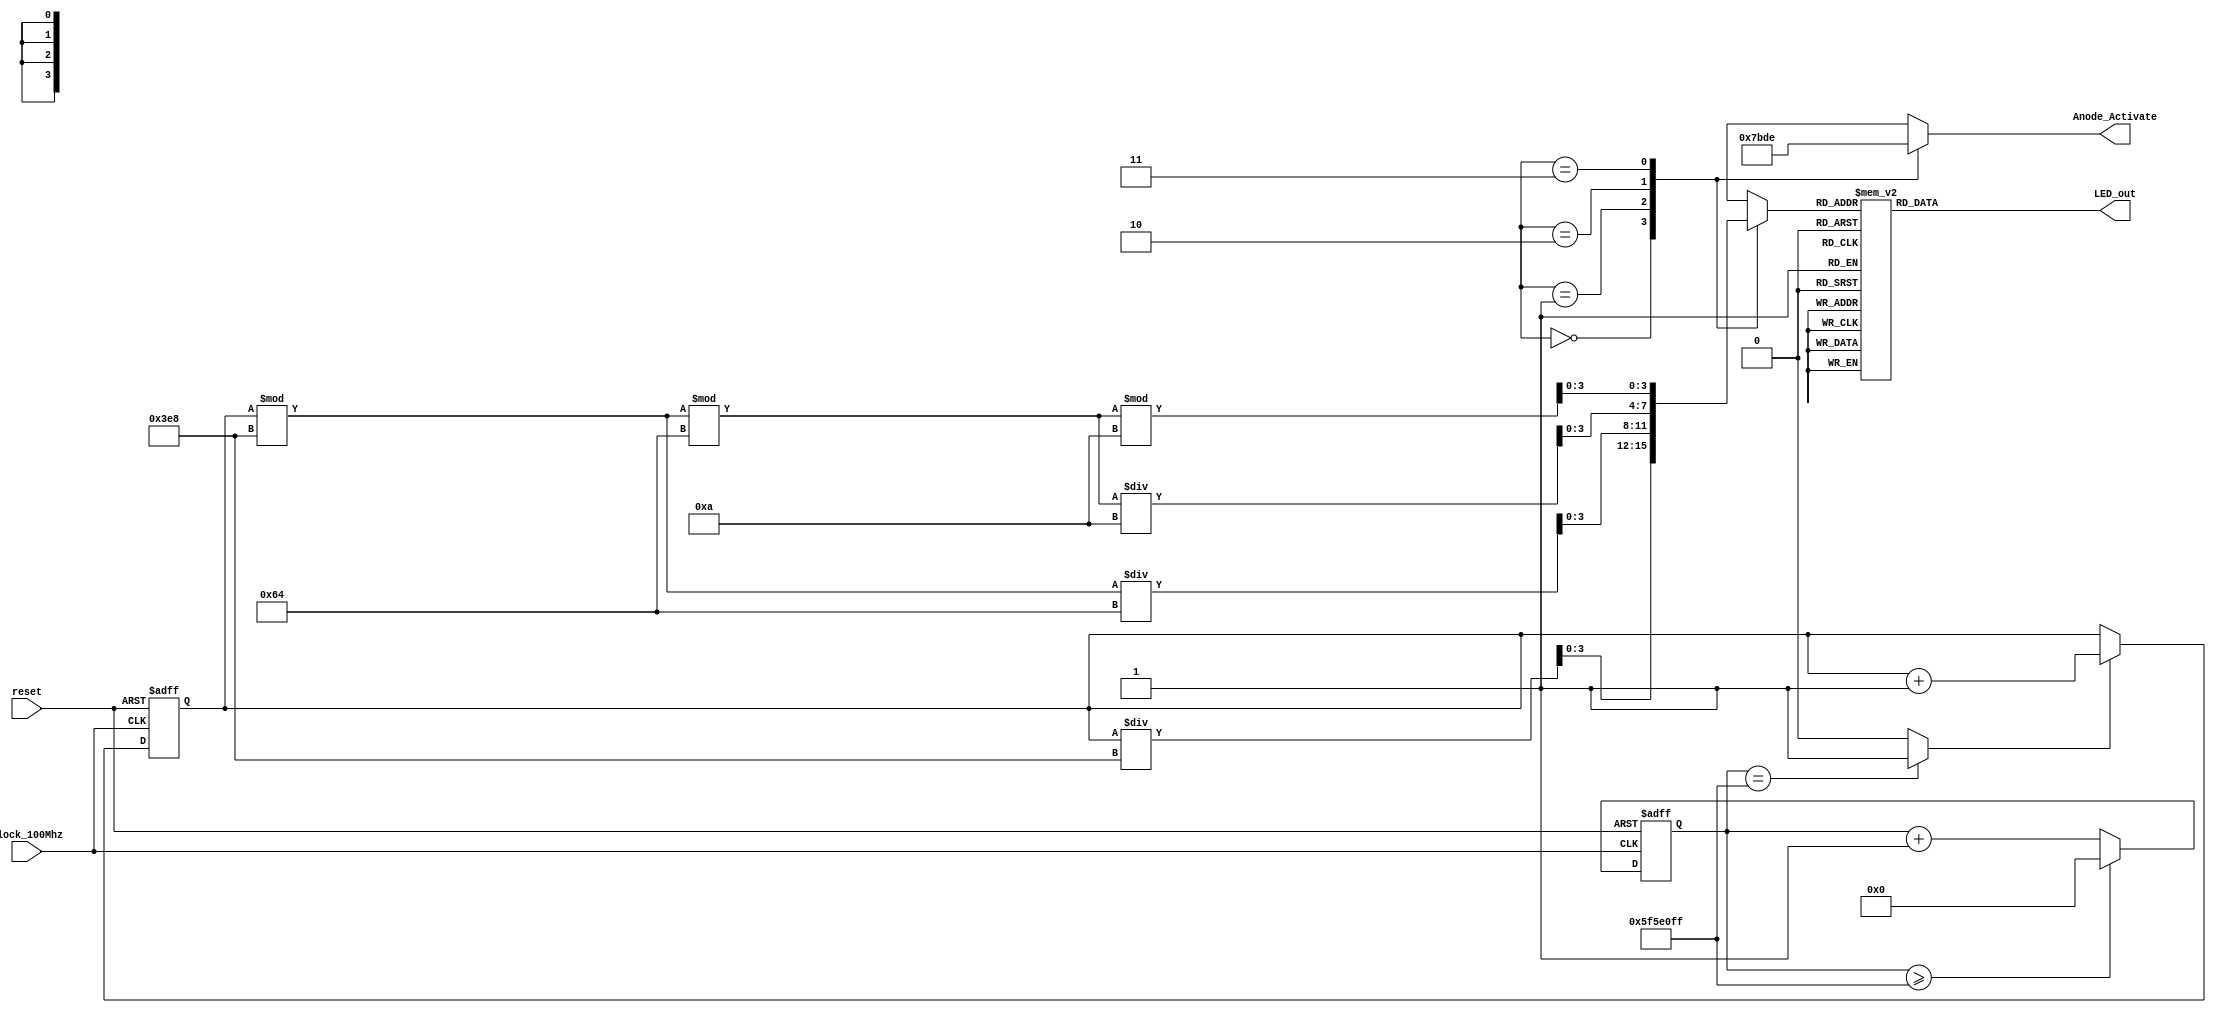
module Seven_segment_LED_Display_Controller(
    input clock_100Mhz, // 100 Mhz clock source on Basys 3 FPGA
    input reset, // reset
    output reg [3:0] Anode_Activate, // anode signals of the 7-segment LED display
    output reg [6:0] LED_out// cathode patterns of the 7-segment LED display
    );
    reg [26:0] one_second_counter; // counter for generating 1 second clock enable
    wire one_second_enable;// one second enable for counting numbers
    reg [15:0] displayed_number; // counting number to be displayed
    reg [3:0] LED_BCD;
    wire [1:0] LED_activating_counter; 
                 // count     0    ->  1  ->  2  ->  3
              // activates    LED1    LED2   LED3   LED4
             // and repeat
    always @(posedge clock_100Mhz or posedge reset)
    begin
        if(reset==1)
            one_second_counter <= 0;
        else begin
            if(one_second_counter>=99999999) 
                 one_second_counter <= 0;
            else
                one_second_counter <= one_second_counter + 1;
        end
    end 
    assign one_second_enable = (one_second_counter==99999999)?1:0;
    always @(posedge clock_100Mhz or posedge reset)
    begin
        if(reset==1)
            displayed_number <= 0;
        else if(one_second_enable==1)
            displayed_number <= displayed_number + 1;
    end

    // anode activating signals for 4 LEDs, digit period of 2.6ms
    // decoder to generate anode signals 
    always @(*)
    begin
        case(LED_activating_counter)
        2'b00: begin
            Anode_Activate = 4'b0111; 
            // activate LED1 and Deactivate LED2, LED3, LED4
            LED_BCD = displayed_number/1000;
            // the first digit of the 16-bit number
              end
        2'b01: begin
            Anode_Activate = 4'b1011; 
            // activate LED2 and Deactivate LED1, LED3, LED4
            LED_BCD = (displayed_number % 1000)/100;
            // the second digit of the 16-bit number
              end
        2'b10: begin
            Anode_Activate = 4'b1101; 
            // activate LED3 and Deactivate LED2, LED1, LED4
            LED_BCD = ((displayed_number % 1000)%100)/10;
            // the third digit of the 16-bit number
                end
        2'b11: begin
            Anode_Activate = 4'b1110; 
            // activate LED4 and Deactivate LED2, LED3, LED1
            LED_BCD = ((displayed_number % 1000)%100)%10;
            // the fourth digit of the 16-bit number    
               end
        endcase
    end
    // Cathode patterns of the 7-segment LED display 
    always @(*)
    begin
        case(LED_BCD)
        4'b0000: LED_out = 7'b0000001; // "0"     
        4'b0001: LED_out = 7'b1001111; // "1" 
        4'b0010: LED_out = 7'b0010010; // "2" 
        4'b0011: LED_out = 7'b0000110; // "3" 
        4'b0100: LED_out = 7'b1001100; // "4" 
        4'b0101: LED_out = 7'b0100100; // "5" 
        4'b0110: LED_out = 7'b0100000; // "6" 
        4'b0111: LED_out = 7'b0001111; // "7" 
        4'b1000: LED_out = 7'b0000000; // "8"     
        4'b1001: LED_out = 7'b0000100; // "9" 
        default: LED_out = 7'b0000001; // "0"
        endcase
    end
 endmodule